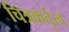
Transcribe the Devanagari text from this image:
चित्रकर्तृत्व